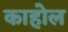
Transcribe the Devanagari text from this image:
काहोल